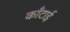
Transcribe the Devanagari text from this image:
काँटाई